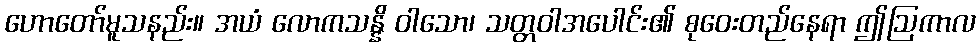
ဟောတော်မူသနည်း။ အယံ လောကသန္နိ ဝါသော၊ သတ္တဝါအပေါင်း၏ စုဝေးတည်နေရာ ဤဩကာလ